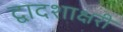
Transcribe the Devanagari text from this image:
द्वादशाक्षरी